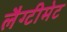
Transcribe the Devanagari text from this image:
लैग्टीमेट